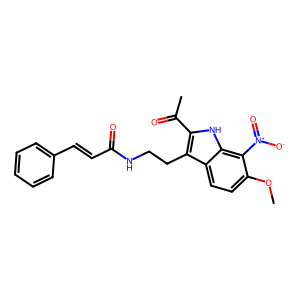
SMILES: COc1ccc2c(CCNC(=O)C=Cc3ccccc3)c(C(C)=O)[nH]c2c1[N+](=O)[O-]
Inhibits HIV replication: No